Report of the Indian Hemp Drugs Commission, 1894-1895 - Volume II
Year: 1894
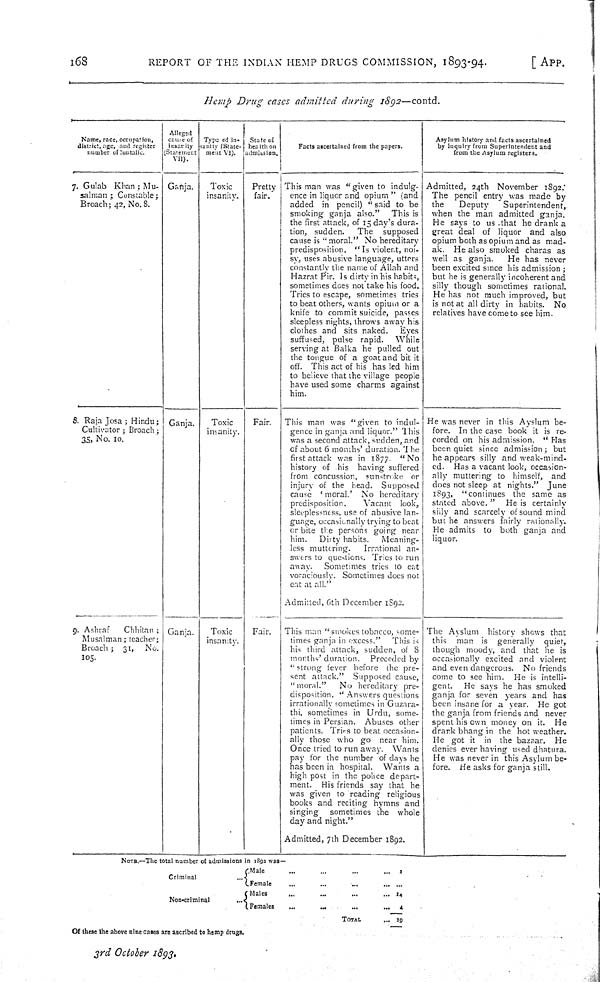
168
REPORT OF THE INDIAN HEMP DRUGS COMMISSION, 1893-94.
[ APP.
Hemp Drug cases admitted during
1892—contd.
Name, race, occupation,
district, age, and register
number of luntafie.
Alleged
cause of
insanity
(Statement
VII).
Type of in-
sanity (State-
ment VI).
State of
health on
admission.
Facts ascertained from the papers.
Asylum history and facts ascertained
by inquiry from Superintendent and
from the Asylum registers.
7. Gulab Khan; Mu-
salman; Constable;
Broach; 42, No. 8.
Ganja.
Toxic
insanity.
Pretty
fair.
This man was "given to indulg-
ence in liquor and opium" (and
added in pencil) "said to be
smoking ganja also."
This is
the first attack, of 15 day's dura-
tion, sudden.
The
supposed
cause is "moral." No hereditary
predisposition. "Is violent, noi-
sy, uses abusive language, utters
constantly the name of Allah and
Hazrat Pir. ls dirty in his habits
sometimes does not take his food.
Tries to escape, sometimes tries
to beat others, wants opium or a
knife to commit suicide, passes
sleepless nights, throws away his
clothes and sits naked.
Eyes
suffused, pulse rapid.
While
serving at Balka he pulled out
the tongue of a goat and bit it
off. This act of his has led him
to believe that the village people
have used some charms against
him.
Admitted, 24th November 1892.
The pencil entry was made by
the
Deputy
Superintendent,
when the man admitted ganja.
He says to us that he drank a
great deal of liquor and also
opium both as opium and as mad-
ak. He also smoked charas as
well as ganja.
He has never
been excited since his admission;
but he is generally incoherent and
silly though sometimes rational.
He has not much improved, but
is not at all dirty in habits. No
relatives have come to see him.
8. Raja Josa; Hindu;
Cultivator; Broach;
35, No. 10.
Ganja.
Toxic
insanity.
Fair.
This man was "given to indul-
gence in ganja and liquor." This
was a second attack, sudden, and
of about 6 months' duration. The
first attack was in 1877.
"No
history of his having suffered
from concussion, sunstroke or
injury of the head. Supposed
cause 'moral.' No hereditary
predisposition.
Vacant look,
sleeplessness, use of abusive lan-
guage, occasionally trying to beat
or bite the persons going near
him.
Dirty habits.
Meaning-
less muttering.
Irrational an-
swers to questions. Tries to run
away.
Sometimes tries to eat
voraciously. Sometimes does not
eat at all."
Admitted, 6th December 1892.
He was never in this Ayslum be-
fore. In the case book it is re-
corded on his admission. "Has
been quiet since admission; but
he appears silly and weak-mind-
ed. Has a vacant look, occasion-
ally muttering to himself, and
does not sleep at nights." June
1893, "continues the same as
stated above. "
He is certainly
silly and scarcely of sound mind
but he answers fairly rationally.
He admits to both ganja and
liquor.
9. Ashraf
Chhilan;
Musalman; teacher;
Broach; 31, No.
105.
Ganja.
Toxic
insanity.
Fair.
This man "smokes tobacco, some-
times ganja in excess."
This is
his third attack, sudden, of 8
months' duration. Preceded by
"strong fever before the pre-
sent attack." Supposed cause,
"moral."
No hereditary pre-
disposition. "Answers questions
irrationally sometimes in Guzara-
thi, sometimes in Urdu, some-
times in Persian. Abuses other
patients. Tries to beat occasion-
ally those who go near him.
Once tried to run away. Wants
pay for the number of days he
has been in hospital. Wants a
high post in the police depart-
ment. His friends say that he
was given to reading religious
books and reciting hymns and
singing
sometimes the whole
day and night."
Admitted, 7th December 1892.
The Ayslum history shows that
this
man is generally
quiet,
though moody, and that he is
occasionally excited and violent
and even dangerous. No friends
come to see him. He is intelli-
gent.
He says he has smoked
ganja for seven years and has
been insane for a year. He got
the ganja from friends and never
spent his own money on it.
He
drank bhang in the hot weather.
He got it in the bazaar.
He
denies ever having used dhatura.
He was never in this Asylum be-
fore. He asks for ganja still.
NOTE.—The total number of admissions in 1892 was—
Criminal
Male
1
Criminal
Female
Non-criminal
Males
14
Non-criminal
Females
4
TOTAL
19
Of these the above nine cases are ascribed to hemp drugs.
3rd October 1893.